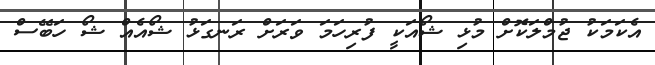
އެކަމަކު ޖުމްލަކޮށް މުޅި ޝޯއަކީ ފުރިހަމަ ވަރަށް ރަނގަޅު ޝޯއެއް ޝޯ ހަބޭސް